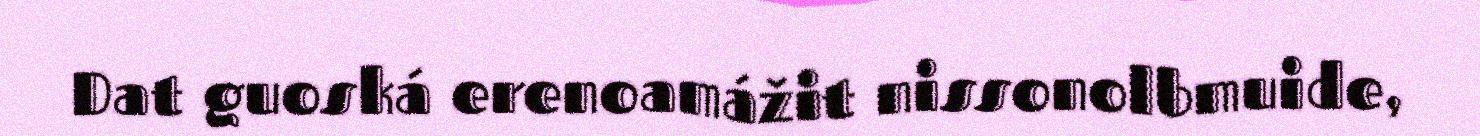
Dat guoská erenoamážit nissonolbmuide,